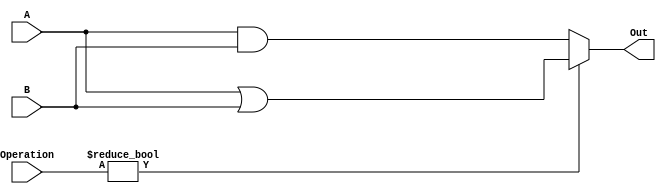
module AND_OR_1bit(Out, A, B, Operation);
   
	input [1:0] Operation;
	input  A, B;
	output Out;

	assign Out = Operation? A|B : A&B;
endmodule